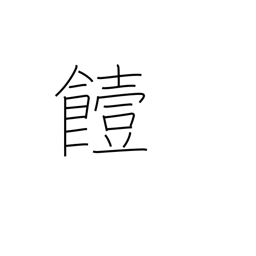
Meaning: go bad